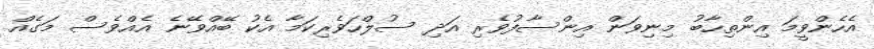
އެހެންވީމަ އިންތިހާބު މިނިވަން އިންސާފުވެރި އަދި ސުލްހަވެރިކަމާ އެކު ބޭއްވޭނެ އެއްވެސް މަގެއް